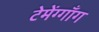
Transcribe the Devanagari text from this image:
टेमेंग्गाँग